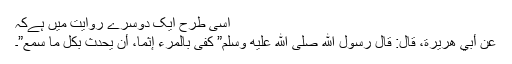
اسی طرح ایک دوسرے روایت میں ہےکہ
عَنْ أَبِي هُرَيْرَةَ، قَالَ: قَالَ رَسُولُ اللّٰهِ صَلَّى اللّٰهُ عَلَيْهِ وَسَلَّمَ” كَفَى بِالْمَرْءِ إِثْمًا، أَنْ يُحَدِّثَ بِكُلِّ مَا سَمِعَ”۔